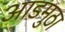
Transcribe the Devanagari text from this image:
आडमुठा